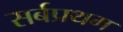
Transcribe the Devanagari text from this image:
सर्बप्रथम